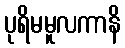
ပုရိမမူလကာနိ